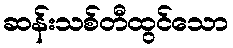
ဆန်းသစ်တီထွင်သော